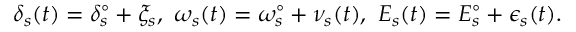
\begin{array} { r } { \delta _ { s } ( t ) = \delta _ { s } ^ { \circ } + \xi _ { s } , ~ \omega _ { s } ( t ) = \omega _ { s } ^ { \circ } + \nu _ { s } ( t ) , ~ E _ { s } ( t ) = E _ { s } ^ { \circ } + \epsilon _ { s } ( t ) . } \end{array}